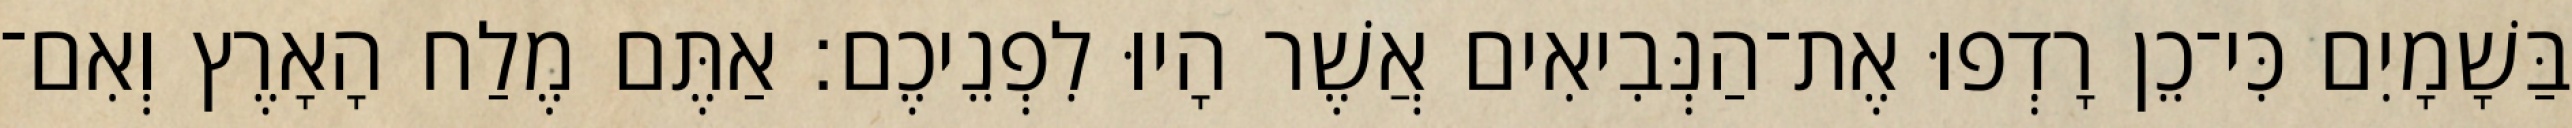
בַּשָׁמָיִם כִּי־כֵן רָדְפוּ אֶת־הַנְּבִיאִים אֲשֶׁר הָיוּ לִפְנֵיכֶם׃ אַתֶּם מֶלַח הָאָרֶץ וְאִם־